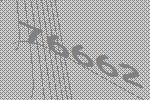
76662